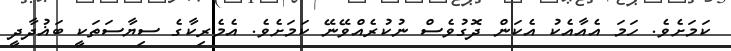
ކަމަށެވެ. ހަމަ އެއާއެކު އެކަން ދޮގުވެސް ނުކުރެއްވޭނޭ ކަމަށެވެ. އެމެރިކާގެ ސިޔާސަތަކީ ބަޣުދާދީ